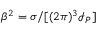
\beta ^ { 2 } = \sigma / [ ( 2 \pi ) ^ { 3 } \mathcal { I } _ { P } ]